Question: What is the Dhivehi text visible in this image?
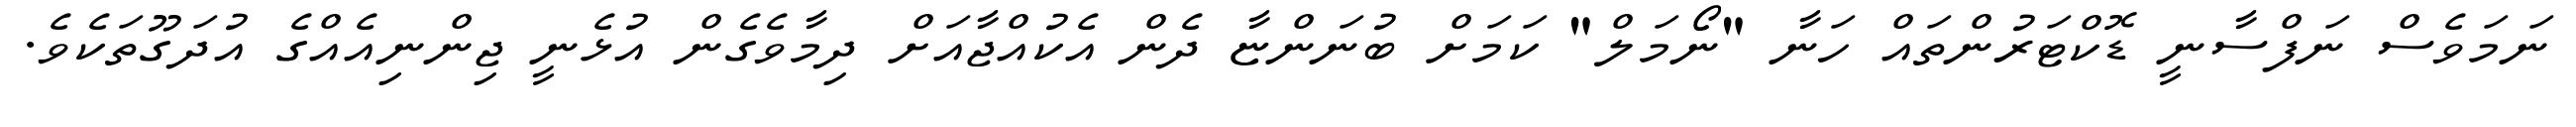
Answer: ނަމަވެސް ނަފްސާނީ ޑޮކްޓަރުންތައް ހަނާ "ނޯމަލް" ކަމަށް ބުނަންޏާ ދެން އެކުއްޖާއަށް ދިމާވެގެން އުޅެނީ ޖިންނިއެއްގެ އުދަގޫތަކެވެ.